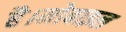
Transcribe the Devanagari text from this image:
है।मोबाइल